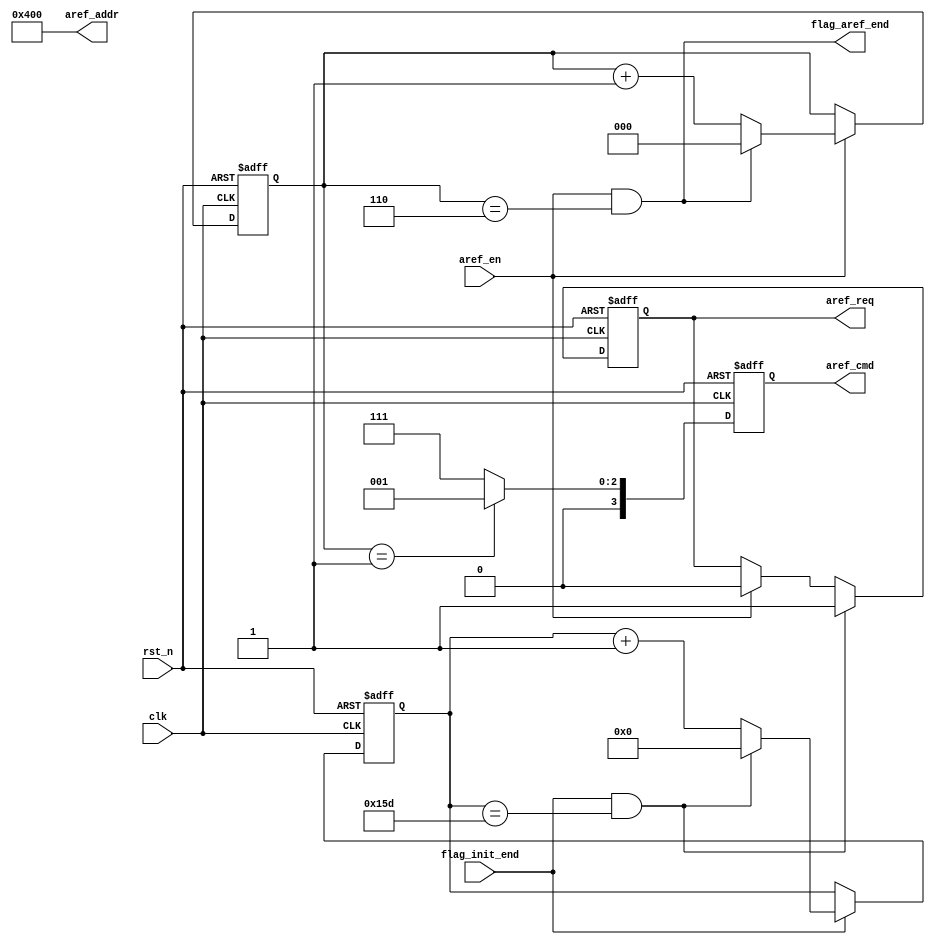
/************************************************************************
 * Create time   : 2018-04-26 16:38
 * Description   : 
 * *********************************************************************/
module  sdram_aref(
        input                   clk                     ,
        input                   rst_n                   ,
        //communicatino with sdram     
        input                   flag_init_end           ,
        input                   aref_en                  ,
        output  wire            flag_aref_end            ,
        output  reg   [ 3: 0]   aref_cmd                 ,
        output  wire  [12: 0]   aref_addr                ,
        output  reg             aref_req 
);
//=====================================================================\
// ********** Define Parameter and Internal Signals *************
//=====================================================================/
parameter   CNT1_END        =       7                           ; 
parameter   TIME_7US        =       350                         ;
//CMD
parameter   CMD_PALL        =       4'b0010                     ;
parameter   CMD_NOP         =       4'b0111                     ;
parameter   CMD_AREF        =       4'b0001                     ;


reg     [ 8: 0]                 cnt                             ;
wire                            add_cnt                         ;
wire                            end_cnt                         ; 

reg     [ 2: 0]                 cnt1                            ;
wire                            add_cnt1                        ;
wire                            end_cnt1                        ;

//======================================================================
// ***************      Main    Code    ****************
//======================================================================
//cnt
always @(posedge clk or negedge rst_n)begin
    if(!rst_n)begin
        cnt <= 0;
    end
    else if(add_cnt)begin
        if(end_cnt)
            cnt <= 0;
        else
            cnt <= cnt + 1;
    end
end

assign  add_cnt     =       flag_init_end;       
assign  end_cnt     =       add_cnt && cnt == TIME_7US-1;   

//aref_req
always  @(posedge clk or negedge rst_n)begin
    if(rst_n==1'b0)begin
        aref_req    <=  1'b0;
    end
    else if(end_cnt)begin
        aref_req    <=  1'b1;
    end
    else if(aref_en)begin
        aref_req    <=  1'b0;
    end
end


//cnt1
always @(posedge clk or negedge rst_n)begin
    if(!rst_n)begin
        cnt1 <= 0;
    end
    else if(add_cnt1)begin
        if(end_cnt1)
            cnt1 <= 0;
        else
            cnt1 <= cnt1 + 1;
    end
end

assign  add_cnt1        =       aref_en;       
assign  end_cnt1        =       add_cnt1 && cnt1 == CNT1_END-1;

assign  flag_aref_end    =       end_cnt1;

//aref_cmd
always  @(posedge clk or negedge rst_n)begin
    if(rst_n==1'b0)begin
        aref_cmd <=  CMD_NOP;
    end
    else if(cnt1 == 'd1)begin
            aref_cmd     <=  CMD_AREF;
    end
    else begin
        aref_cmd     <=  CMD_NOP;
    end

end

assign  aref_addr    =       13'b0_0100_0000_0000;





endmodule